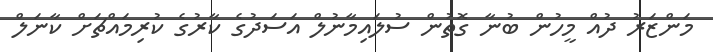
މަންޒަރު ދުއް މީހުން ބުނާ ގޮތުން ސުލައިމާނުލް އަސަދުގެ ކާރުގެ ކުރިމައްޗަށް ކާނަލް